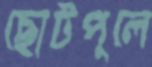
ছোটপুলে